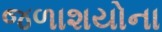
જળાશયોના